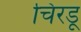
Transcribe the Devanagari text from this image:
चिरडू